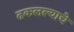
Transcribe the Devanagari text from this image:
ढकलल्याचे